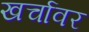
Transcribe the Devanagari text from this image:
खर्चावर